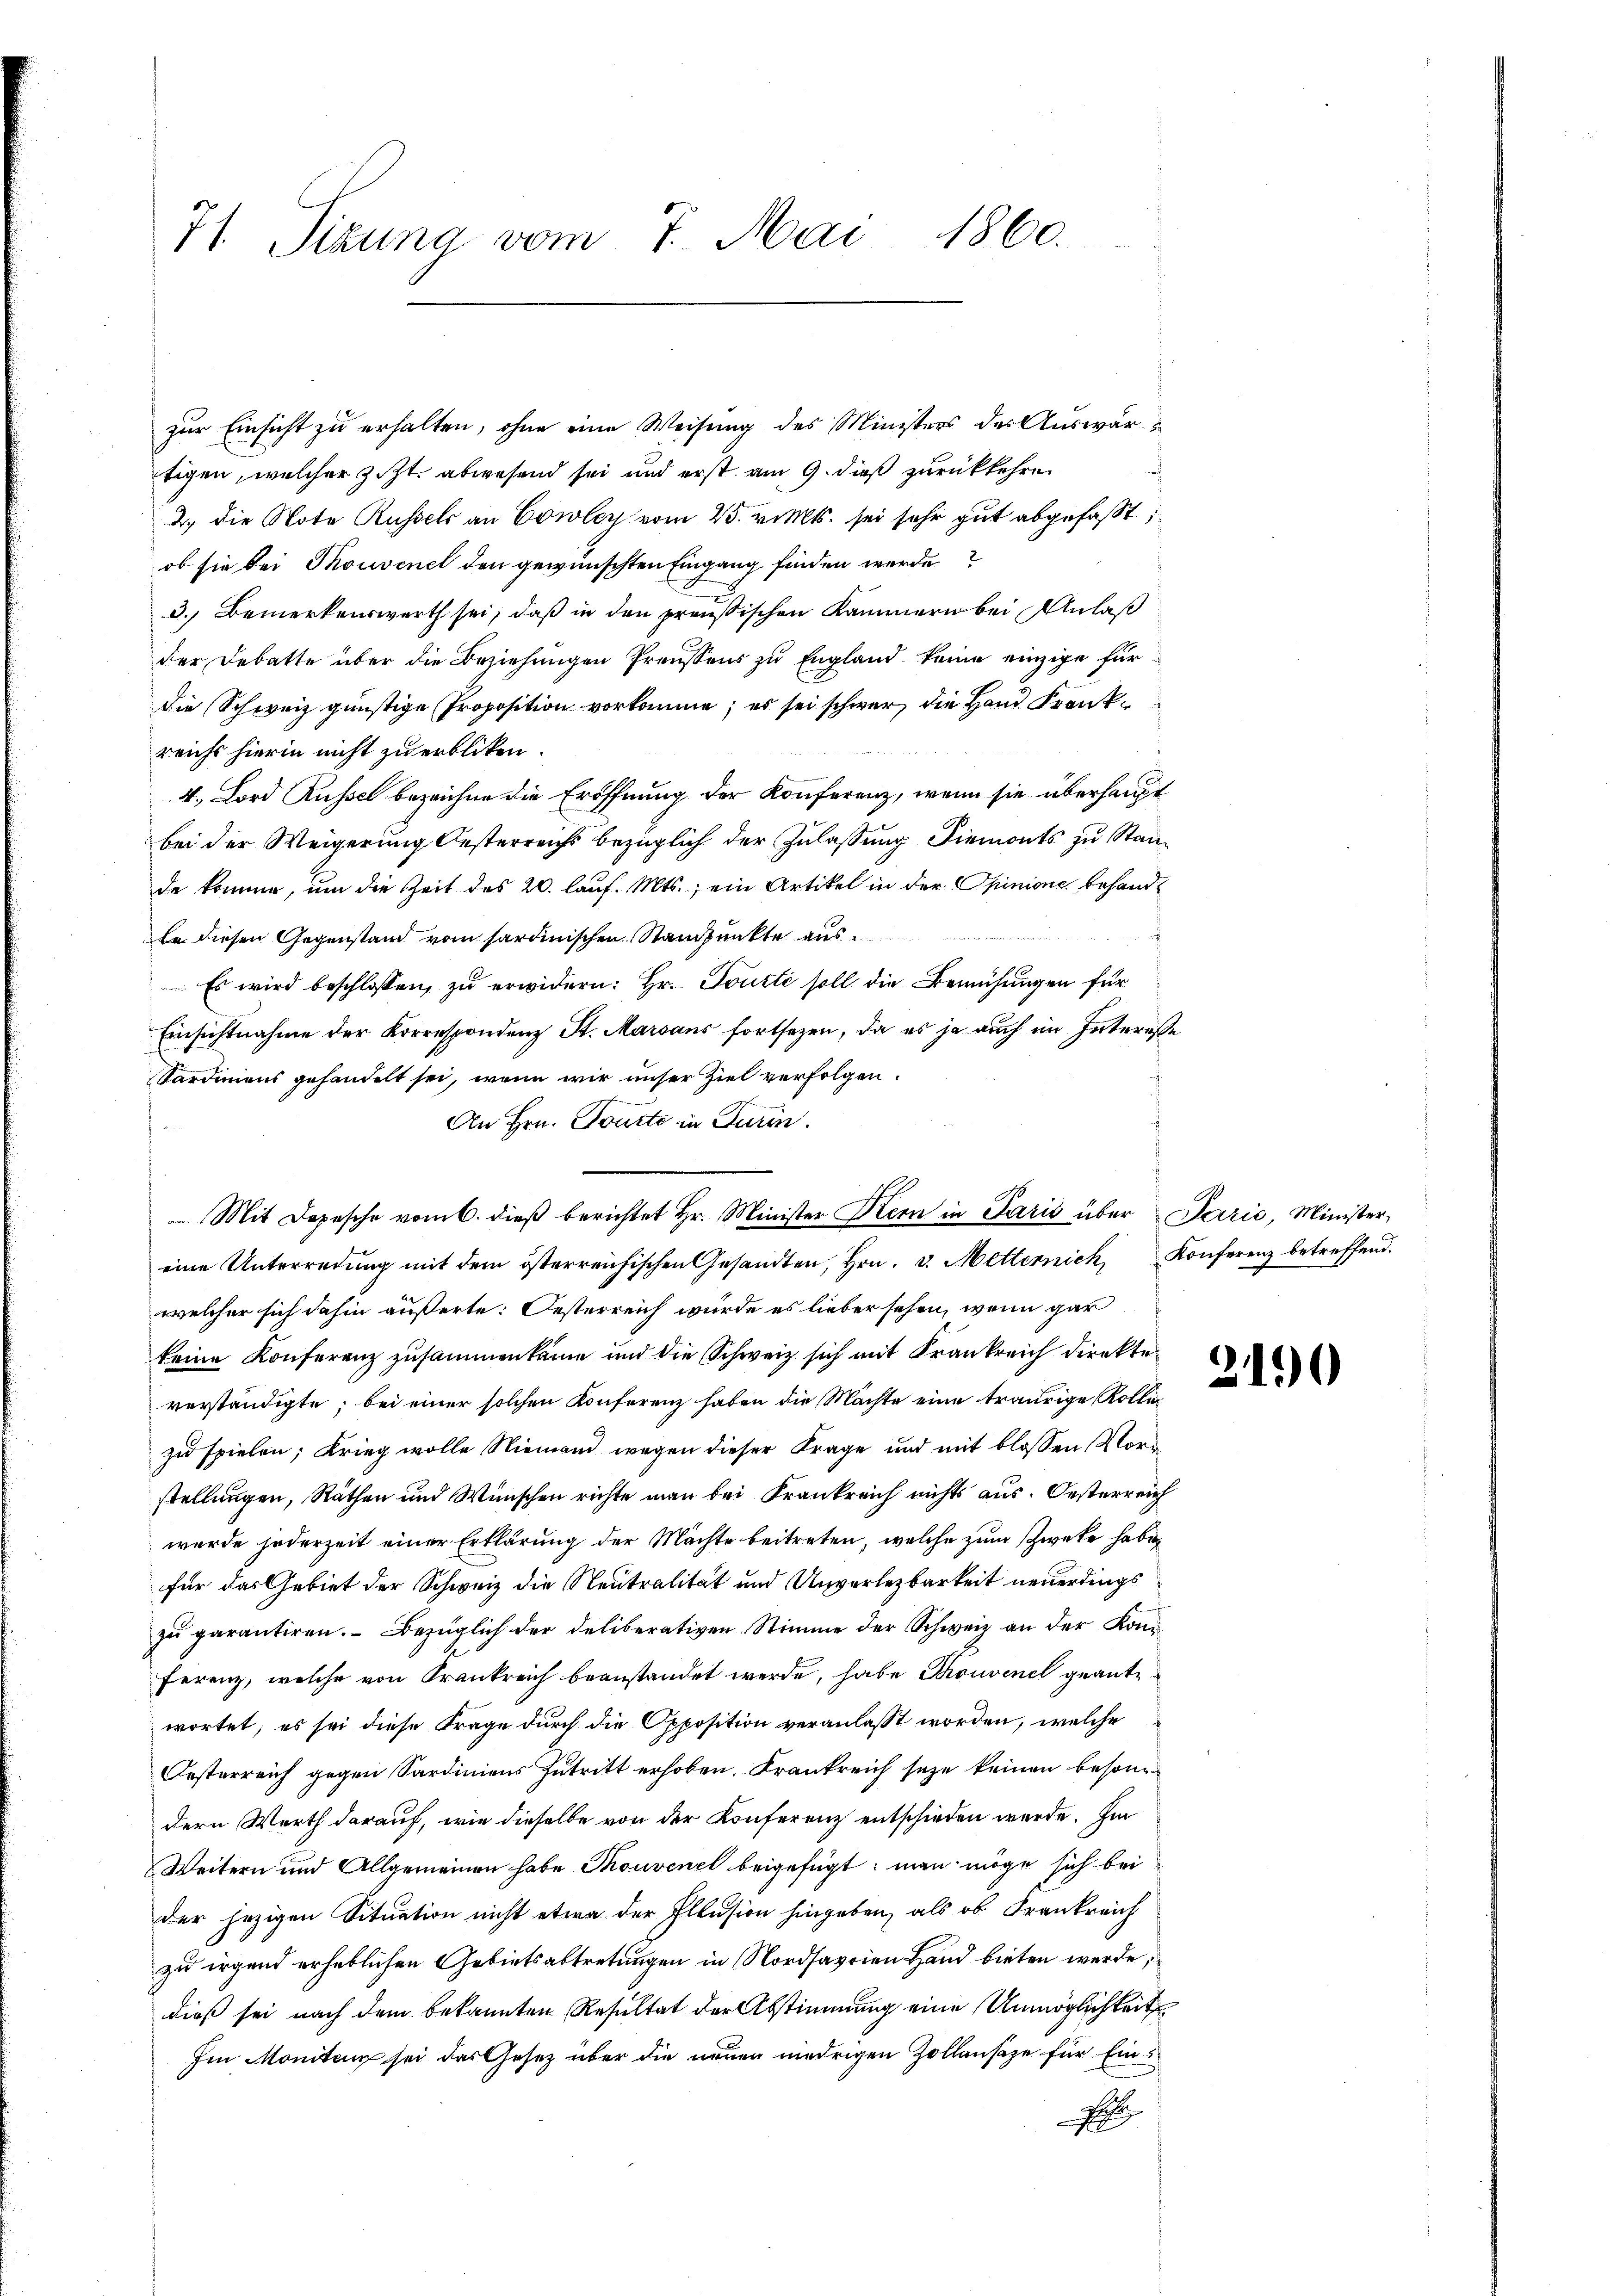
71. Tizuna vom 7. Mai 1860.

zur Einsicht zu erhalten, ohne eine Weisung des Ministers der Auswärtigen, welcher Zizt, abwesend sei und erst am 9. dieß zurückkehre.
2. die Note Russels an Erwer vom 25. v. Mts. sei sehr gut abgefaßt
ob sie bei Thouvenel den gewünschten Eingang finden werde
3. Bemerkenswerth sei, daß in den preußischen Kammern bei Anlaß
der Debatte über die Beziehungen Preussens zu England keine einzige für
Die Schweiz günstige Proposition vorkomme; es sei schwer, die Hand Frank
reichs hierin nicht zu erblicken.
4. Lord Russe bezeichne die Eröffnung der Konferenz, wenn sie überhaupt
bei der Weigerung Oesterreichs bezüglich der Zulassung diemonts zu Stande komme, um die Zeit des 20. lauf. Mts., ein Artikel in der Opinione behandle diesen Gegenstand vom sardinischen Standpunkte aus
Es wird beschlossen, zŭ erwidern: Hr. Tourte soll die Bemühungen für
Einsichtnahme der Korrespondenz St. Marsans fortsezen, da es ja auch im Interesse
Sardiniens gehandelt sei, wenn wir unser Ziel verfolgen.
An Hrn. Tourte in Turin.
Mit Depesche vom 6. dieβ berichtet Hr. Minister Kern in Paris über Parić, Minister,
eine Unterredung mit dem österreichischen Gesandten, Hrn. v. Metternich, Konferenz betreffend.
welcher sich dahin äußerte: Oesterreich würde es lieber sehen, wenn gar
keine Konferenz zusammenkäme und die Schweiz sich mit Krankreich direkte
verständigte; bei einer solchen Konferenz haben die Machte eine traurige Rolle
zu spielen; Krieg wolle Niemand wegen dieser Frage und mit blossen Vorstellungen, Räthen und Wünschen richte man bei Krankreich nichts aus. Oesterreich
wurde jederzeit einer Erklärung der Machte beitreten, welche zum Zwecke haben
für das Gebiet der Schweiz die Neutralität und Unverlezbarkeit neuerdings
zŭ garantiren. Bezüglich der Deliberativen Stimme der Schweiz an der Kon¬
Ferenz, welche von Frankreich beanstandet werde, habe Thonvenel geantwortet; es sei diese Frage durch die Opposition veranlasst worden, welche
Oesterreich gegen Sardiniens Zutritt erhoben. Krankreich seze keinen besondern Werth darauf, wie dieselbe von der Konferenz entschieden werde. Im
Weitern und Allgemeinen habe Thouvenel beigefügt: man möge sich bei
der jezigen Situation nicht etwa der Illusion hingeben, als ob Frankreich
zu irgend erheblichen Gebietsabtretungen in Nordsavrien Hand bieten werde,
dieß sei nach dem bekannten Resultat der Abstimmung eine Unmöglichkeit
Im Monitenz sei das Gesetz über die neuen niedrigen Zollansaze für Eins
E

21)